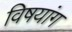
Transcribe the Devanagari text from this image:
विषयांग